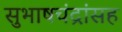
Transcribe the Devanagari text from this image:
सुभाषचंद्रांसह